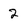
Character: 2